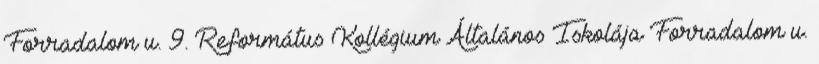
Forradalom u. 9. Református Kollégium Általános Iskolája Forradalom u.